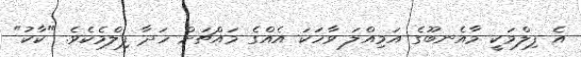
އެ ފިލްމަކީ މާއެނބޫގެ އަމިއްލަ ވާހަކަ އެއްގެ މައްޗަށް ހަދާ ފިލްމެކެވެ. "ކާކު"